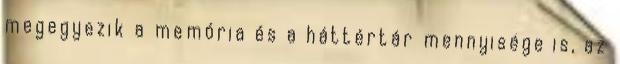
megegyezik a memória és a háttértár mennyisége is, az